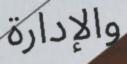
والإدارة